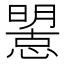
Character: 𢢤